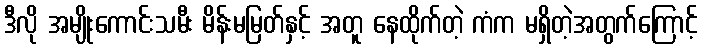
ဒီလို အမျိုးကောင်းသမီး မိန်းမမြတ်နှင့် အတူ နေထိုက်တဲ့ ကံက မရှိတဲ့အတွက်ကြောင့်